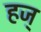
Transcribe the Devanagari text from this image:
हज्